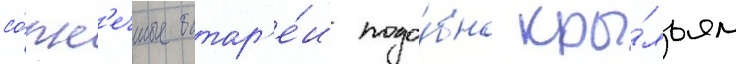
со́лн'ечные батар'е́и подо́бно кры́льям